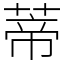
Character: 蒂